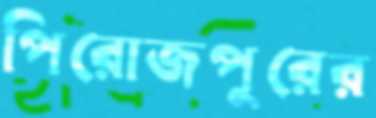
পিরোজপুরের